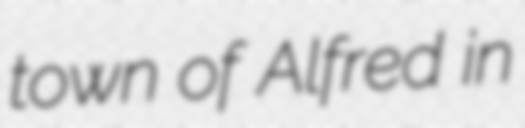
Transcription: town of Alfred in